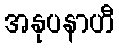
အနုပနာဟီ